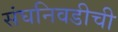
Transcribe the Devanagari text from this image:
संघनिवडीची